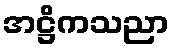
အဋ္ဌိကသညာ